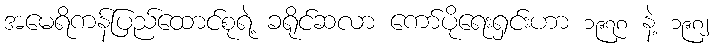
အမေရိကန်ပြည်ထောင်စုရဲ့ ခရိုင်ဆလာ ကော်ပိုရေးရှင်းဟာ ၁၉၇၈ နဲ့ ၁၉၈၂